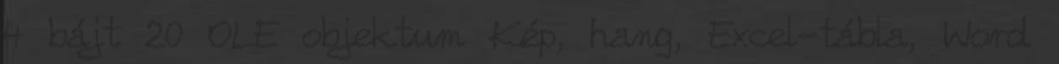
4 bájt 20 OLE objektum Kép, hang, Excel-tábla, Word